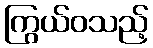
ကြွယ်ဝသည့်